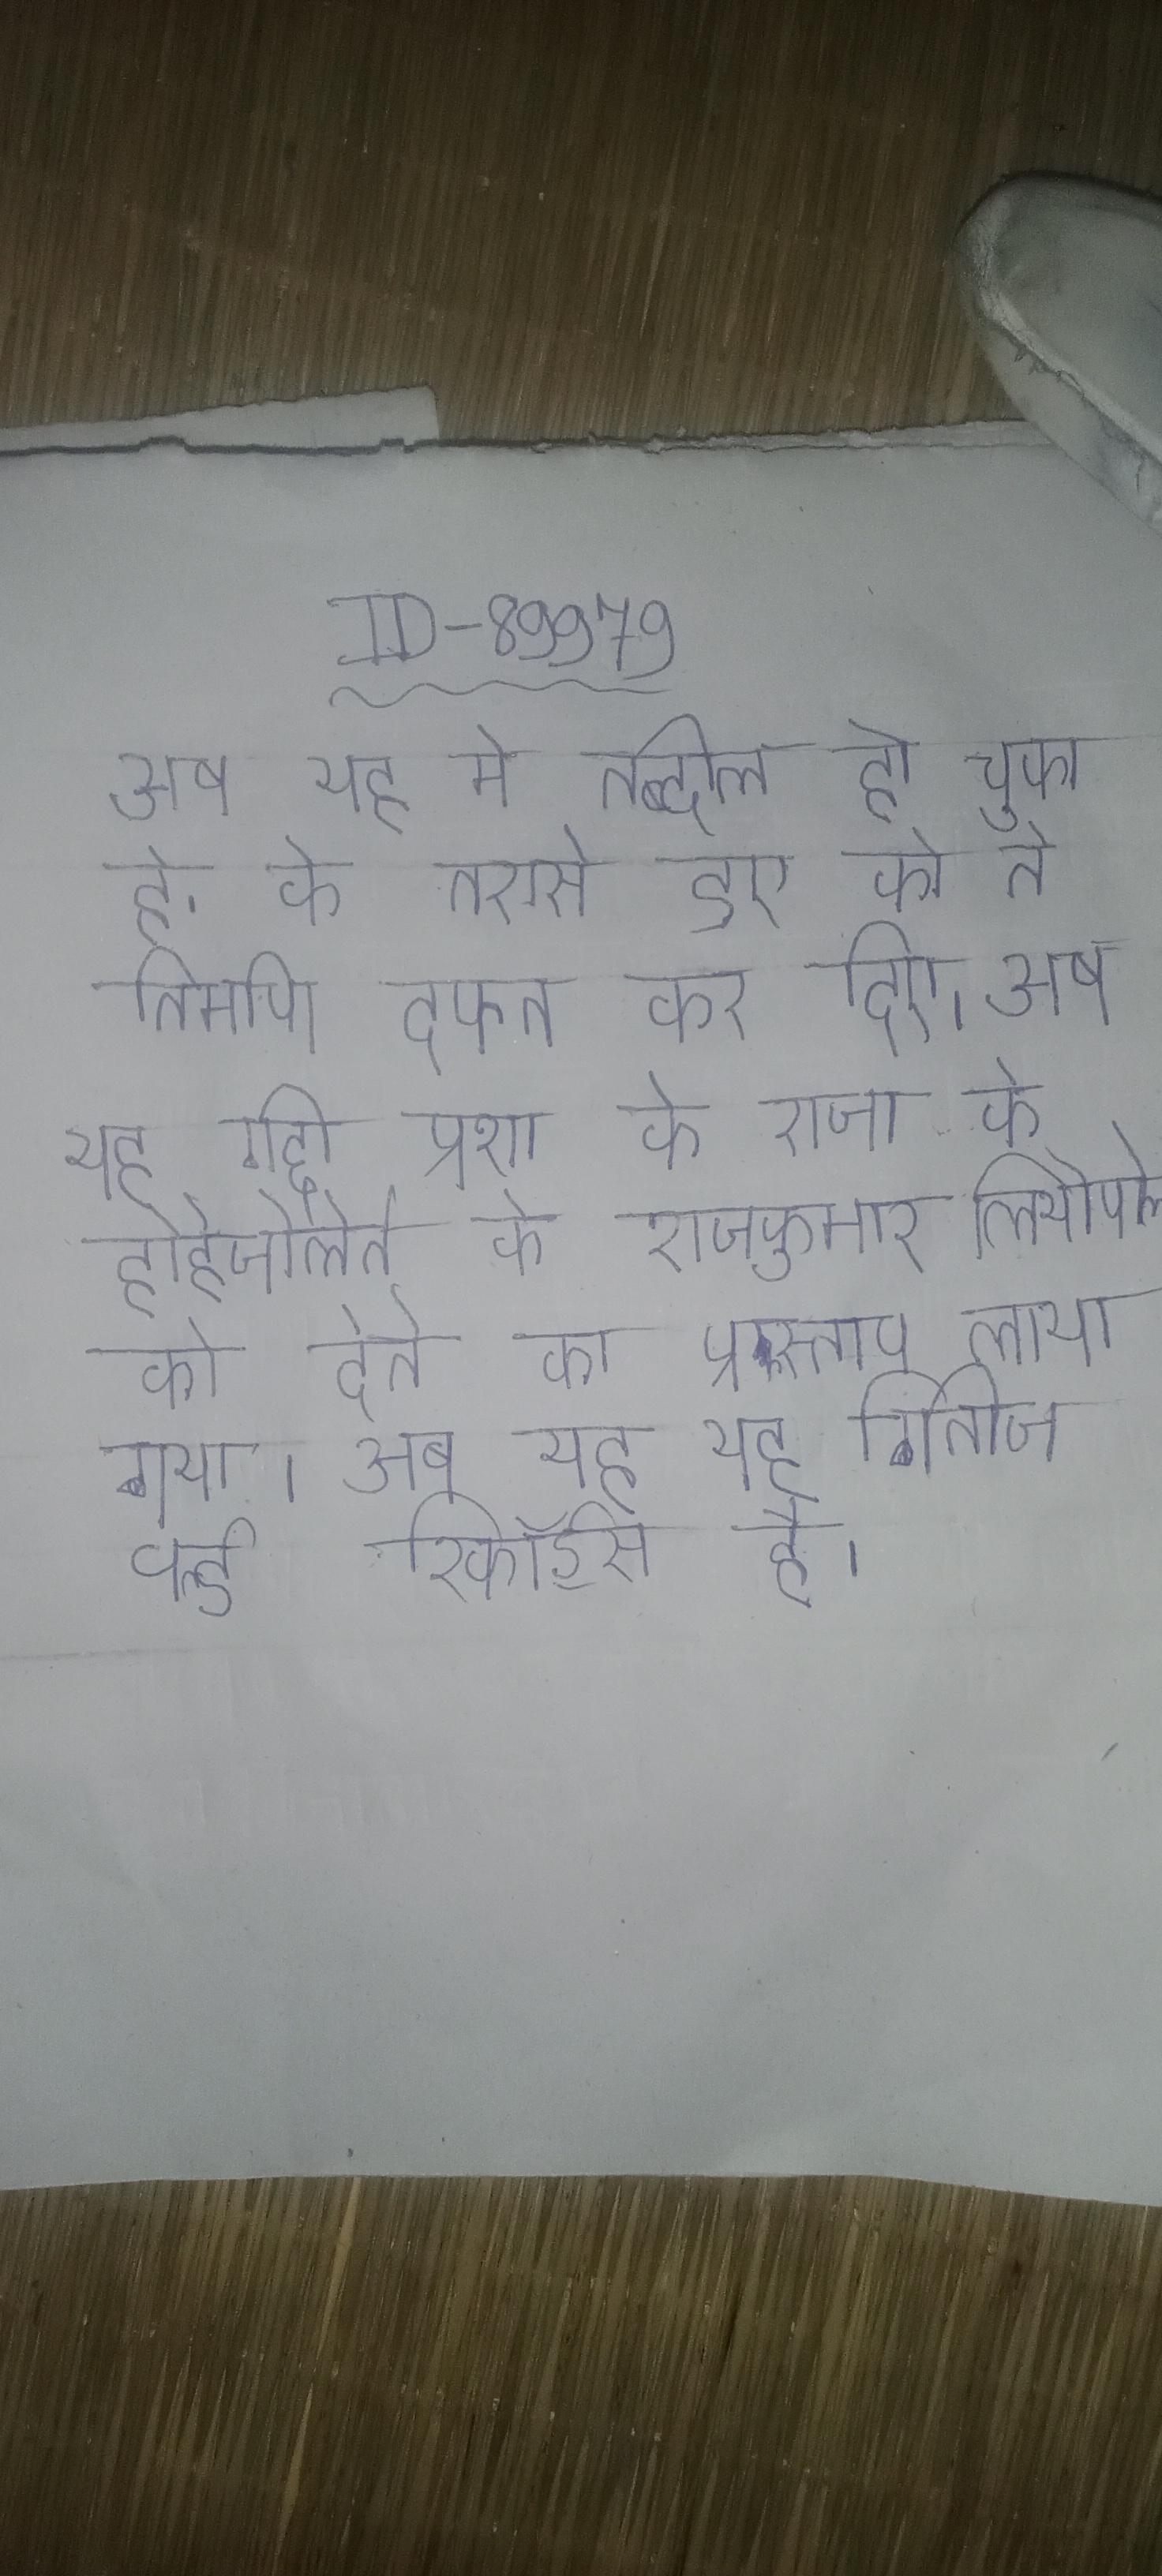
अब यह मे तब्दील हो चुका है, के तरासे हुए को ने निर्माण दफन कर दिए । अब यह गद्दी प्रशा के राजा के होहेजोलेर्न के राजकुमार लियोपोल्ड को देने का प्रस्ताव लाया गया । अब यह गिनीज वर्ल्ड रिकॉर्ड्स है ।